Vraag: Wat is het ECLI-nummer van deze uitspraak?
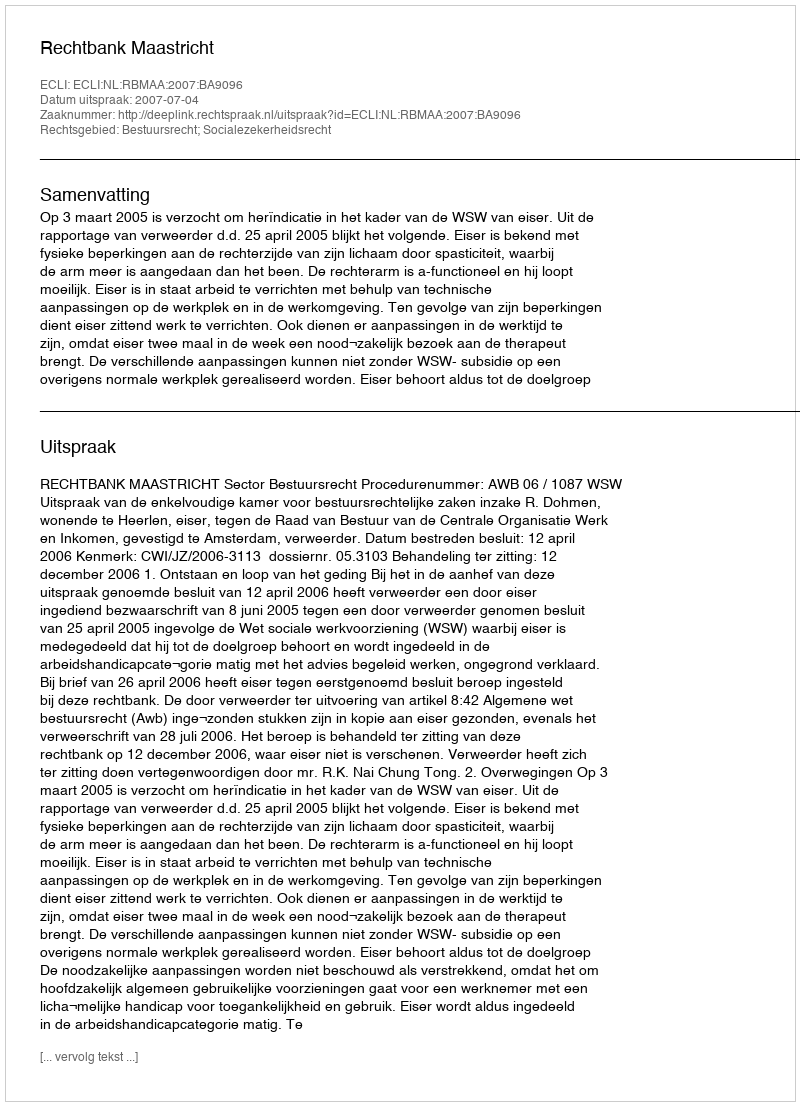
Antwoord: ECLI:NL:RBMAA:2007:BA9096